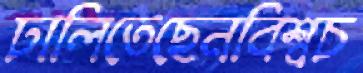
ঢালিতেছেনবিশ্বচ